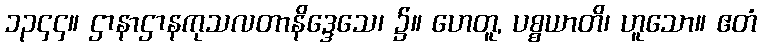
၁၃၄၄။ ဌာနာဌာနကုသလတာနိဒ္ဒေသေ၊ ၌။ ဟေတူ, ပစ္စယာတိ၊ ဟူသော။ ဧတံ